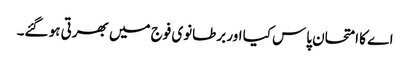
اے کا امتحان پاس کیا اور برطانوی فوج میں بھرتی ہو گئے۔